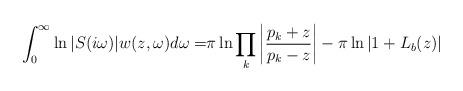
LaTeX: \begin{align*}\begin{aligned}\int_0^\infty \ln|S(i\omega)|w(z,\omega)d\omega =& \pi\ln\prod_k \left|\frac{p_k+z}{p_k-z}\right|-\pi\ln|1+L_b(z)|\end{aligned}\end{align*}